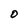
Character: O